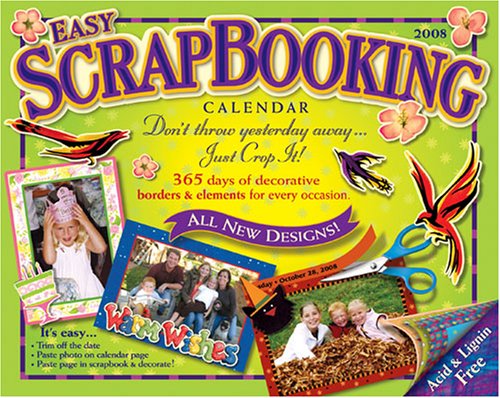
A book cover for Easy Scrapbooking Crop-a-Day: 2008 Day-to-Day Calendar; Accord Publishing; Calendars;